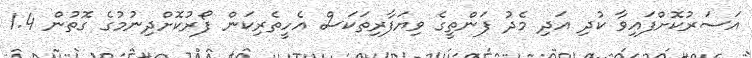
އަސަރުކޮށްފައިވާ ކުދި އަދި މެދު ފަންތީގެ ވިޔަފާރިތަކަސް އެހީތެރިކަން ފޯރުކޮށްދިނުމުގެ ގޮތުން 1.4